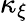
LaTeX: \kappa_{\xi}